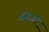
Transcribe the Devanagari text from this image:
अँग्रे़जी़